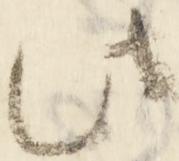
此